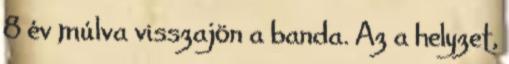
8 év múlva visszajön a banda. Az a helyzet,